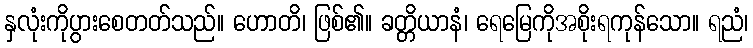
နှလုံးကိုပွားစေတတ်သည်။ ဟောတိ၊ ဖြစ်၏။ ခတ္တိယာနံ၊ ရေမြေကိုအစိုးရကုန်သော။ ရညံ၊